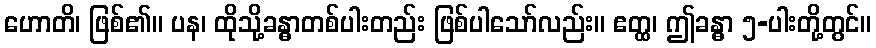
ဟောတိ၊ ဖြစ်၏။ ပန၊ ထိုသို့ခန္ဓာတစ်ပါးတည်း ဖြစ်ပါသော်လည်း။ ဧတ္ထ၊ ဤခန္ဓာ ၅-ပါးတို့တွင်။